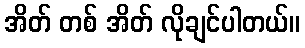
အိတ် တစ် အိတ် လိုချင်ပါတယ်။